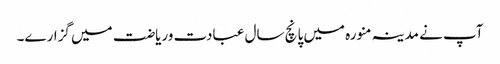
آپ نے مدینہ منورہ میں پانچ سال عبادت وریاضت میں گزارے۔